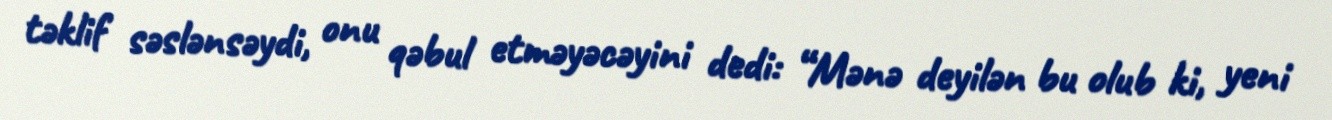
təklif səslənsəydi, onu qəbul etməyəcəyini dedi: “Mənə deyilən bu olub ki, yeni